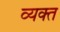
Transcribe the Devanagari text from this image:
व्‍यक्‍त